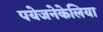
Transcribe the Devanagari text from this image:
पयेजनेकेलिया